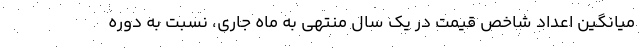
میانگین اعداد شاخص قیمت در یک سال منتهی به ماه جاری، نسبت به دوره